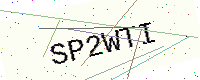
Text: SP2WTI